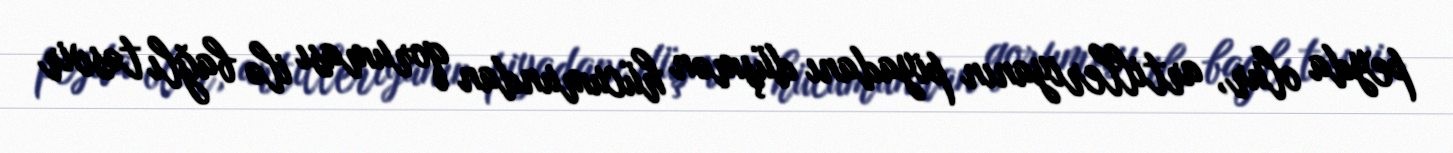
peyda olur, artilleriyanın piyadanı düşmən hücumundan qoruması ilə bağlı təsvir